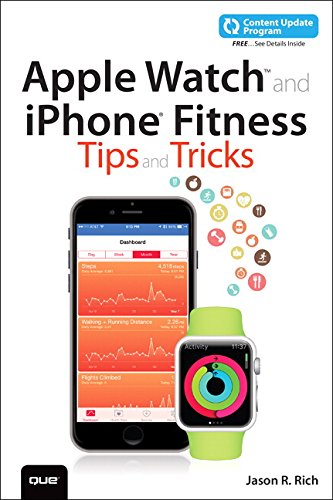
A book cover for Apple Watch and iPhone Fitness Tips and Tricks (includes Content Update Program); Jason R. Rich; Computers & Technology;